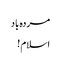
مردہ باد
اسلام !